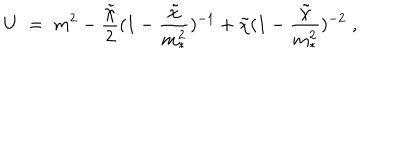
LaTeX: U \; = \; m ^ { 2 } - \frac { { \tilde { \chi } } } { 2 } ( 1 - \frac { { \tilde { \chi } } } { m _ { * } ^ { 2 } } ) ^ { - 1 } + { \tilde { \chi } } ( 1 - \frac { { \tilde { \chi } } } { m _ { * } ^ { 2 } } ) ^ { - 2 } \; ,